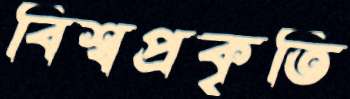
বিশ্বপ্রকৃতি